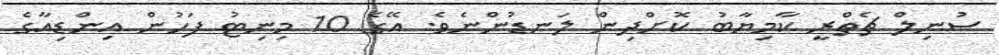
ސުނިލް ޗެތްރީ ކާމިޔާބު ކޮށްދިން ލަނޑުންނެވެ. އޭގެ 10 މިނިޓު ފަހުން އިންޑިއާގެ